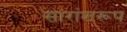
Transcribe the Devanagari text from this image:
सारांशरूप